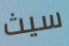
سيث